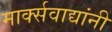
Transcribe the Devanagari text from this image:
मार्क्‍सवाद्यांनी